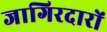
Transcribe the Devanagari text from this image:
जागिरदारों